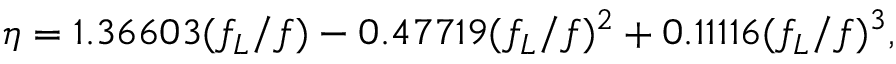
\eta = 1 . 3 6 6 0 3 ( f _ { L } / f ) - 0 . 4 7 7 1 9 ( f _ { L } / f ) ^ { 2 } + 0 . 1 1 1 1 6 ( f _ { L } / f ) ^ { 3 } ,